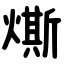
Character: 燍